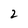
Character: 2